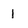
Character: 1